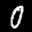
Label: 0